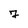
Character: 7